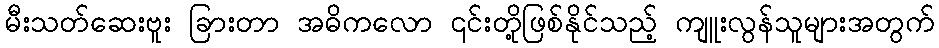
မီးသတ်ဆေးဗူး ခြားတာ အဓိကလော ၎င်းတို့ဖြစ်နိုင်သည့် ကျူးလွန်သူများအတွက်